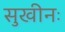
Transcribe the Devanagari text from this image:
सुखीनः